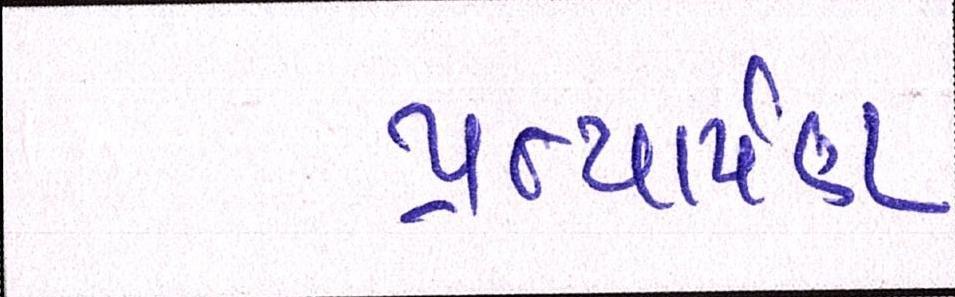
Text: પ્રત્યાર્પણ